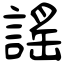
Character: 謠